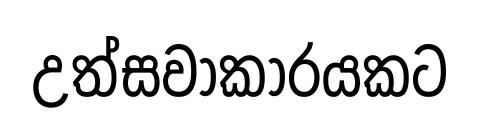
උත්සවාකාරයකට